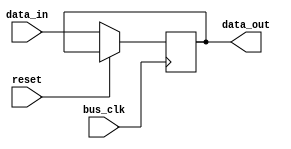
module timing_control_and_sync(

  input wire bus_clk, // clock signal for bus controller
  input wire reset, // reset signal
  input wire data_in, // input data signal
  output wire data_out // output data signal

);

  reg data_sync;

  // Timing control module - clock signal generation
  always @(posedge bus_clk or posedge reset) begin
    if (reset) begin
      // Reset logic
      // ...
    end else begin
      // Generate clock signals for bus controller
      // ...
    end
  end

  // Timing control module - synchronization blocks
  always @(posedge bus_clk or posedge reset) begin
    if (reset) begin
      // Reset logic for synchronization blocks
      // ...
    end else begin
      // Synchronization logic using flip-flops and FIFO buffers
      // ...
    end
  end

  // Data transfer between modules
  always @(posedge bus_clk or posedge reset) begin
    if (reset) begin
      // Reset data transfer logic
      // ...
    end else begin
      // Data transfer logic to ensure correct timing
      // including delay elements, clock dividers, and phase-locked loops
      // ...
    end
  end

  // Output data synchronization
  always @(posedge bus_clk or posedge reset) begin
    if (reset) begin
      // Reset output data synchronization
      // ...
    end else begin
      // Synchronization logic for output data signal
      // using flip-flops and FIFO buffers
      data_sync <= data_in;
    end
  end

  assign data_out = data_sync;

endmodule